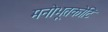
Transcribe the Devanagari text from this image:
मनोभूतकोटि